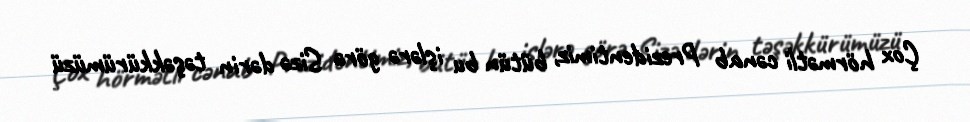
Çox hörmətli cənab Prezidentimiz, bütün bu işlərə görə Sizə dərin təşəkkürümüzü